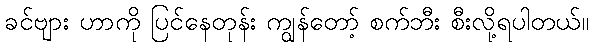
ခင်ဗျား ဟာကို ပြင်နေတုန်း ကျွန်တော့် စက်ဘီး စီးလို့ရပါတယ်။